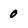
Character: 0